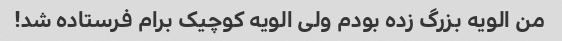
من الویه بزرگ زده بودم ولی الویه کوچیک برام فرستاده شد!